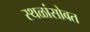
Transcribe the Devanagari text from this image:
स्थळांसोबत